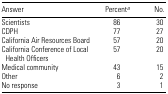
<table><thead><tr><td><b>Answer</b></td><td><b>Percenta</b></td><td><b>No.</b></td></tr></thead><tbody><tr><td>Scientists</td><td>86</td><td>30</td></tr><tr><td>CDPH</td><td>77</td><td>27</td></tr><tr><td>California Air Resources Board</td><td>57</td><td>20</td></tr><tr><td>California Conference of Local Health Officers</td><td>57</td><td>20</td></tr><tr><td>Medical community</td><td>43</td><td>15</td></tr><tr><td>Other</td><td>6</td><td>2</td></tr><tr><td>No response</td><td>3</td><td>1</td></tr></tbody></table>